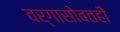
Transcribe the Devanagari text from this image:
वर्गासोबतही